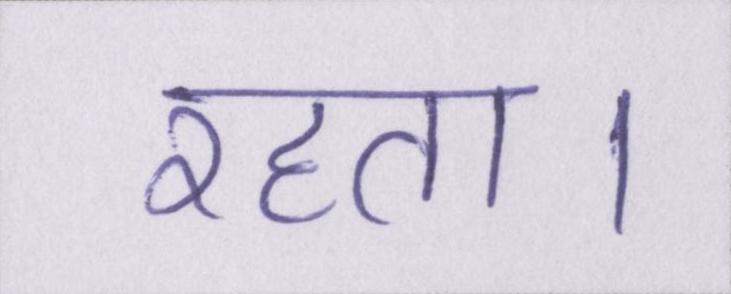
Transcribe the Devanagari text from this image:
रहता।